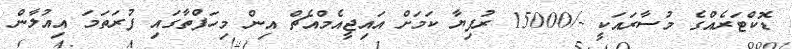
ޑޮކްޓަރެއްގެ މުސާރައަކީ -/15000 ރުފިޔާ ކަމަށް އައިޖީއެމްއެޗް އިން މިހަފްތާގައި ފުރަތަމަ އިއުލާން